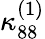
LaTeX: \kappa_{88}^{(1)}